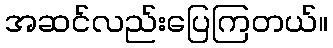
အဆင်လည်းပြေကြတယ်။